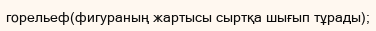
горельеф(фигураның жартысы сыртқа шығып тұрады);